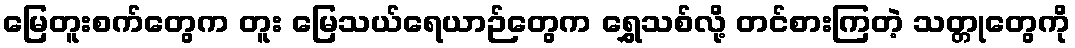
မြေတူးစက်တွေက တူး မြေသယ်ရေယာဉ်တွေက ရွှေသစ်လို့ တင်စားကြတဲ့ သတ္တုတွေကို